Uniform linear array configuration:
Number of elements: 8
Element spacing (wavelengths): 0.75
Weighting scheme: binomial
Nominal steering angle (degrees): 15
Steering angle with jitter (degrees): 14.951
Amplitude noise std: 0.05
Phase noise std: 0.05

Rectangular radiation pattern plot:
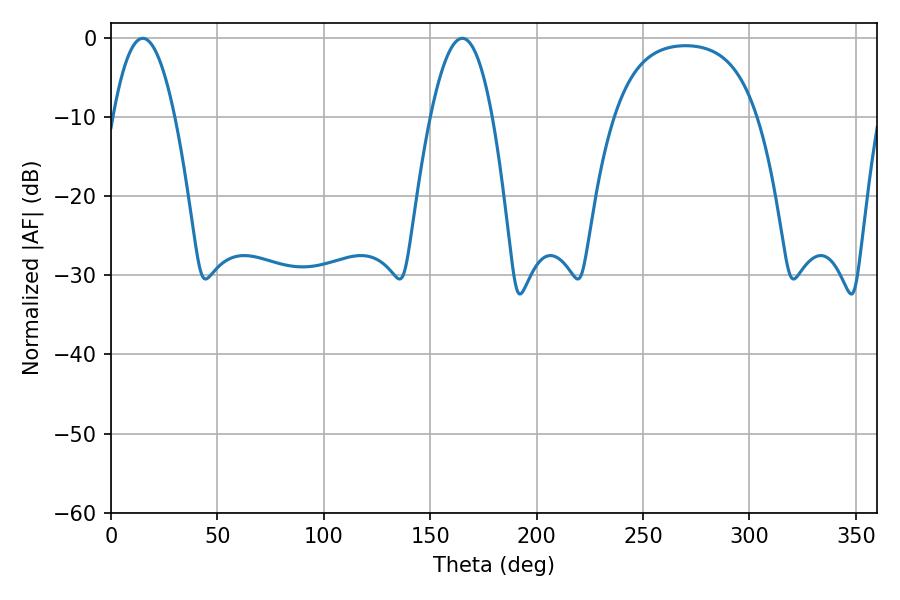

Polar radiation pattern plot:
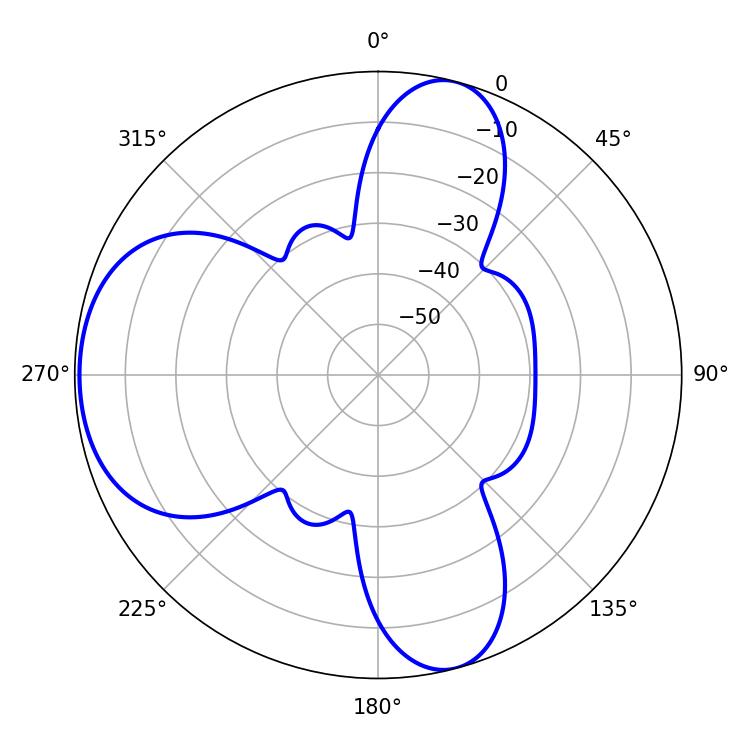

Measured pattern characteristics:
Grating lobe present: TRUE
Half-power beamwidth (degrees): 15.84
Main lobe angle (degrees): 14.94